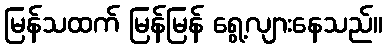
မြန်သထက် မြန်မြန် ရွေ့လျားနေသည်။